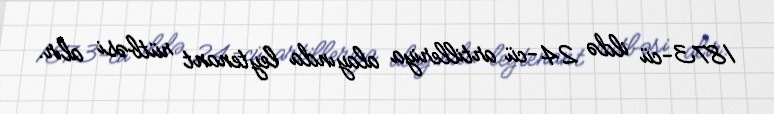
1873-cü ildə 24-cü artilleriya alayında leytenant rütbəsi alır.